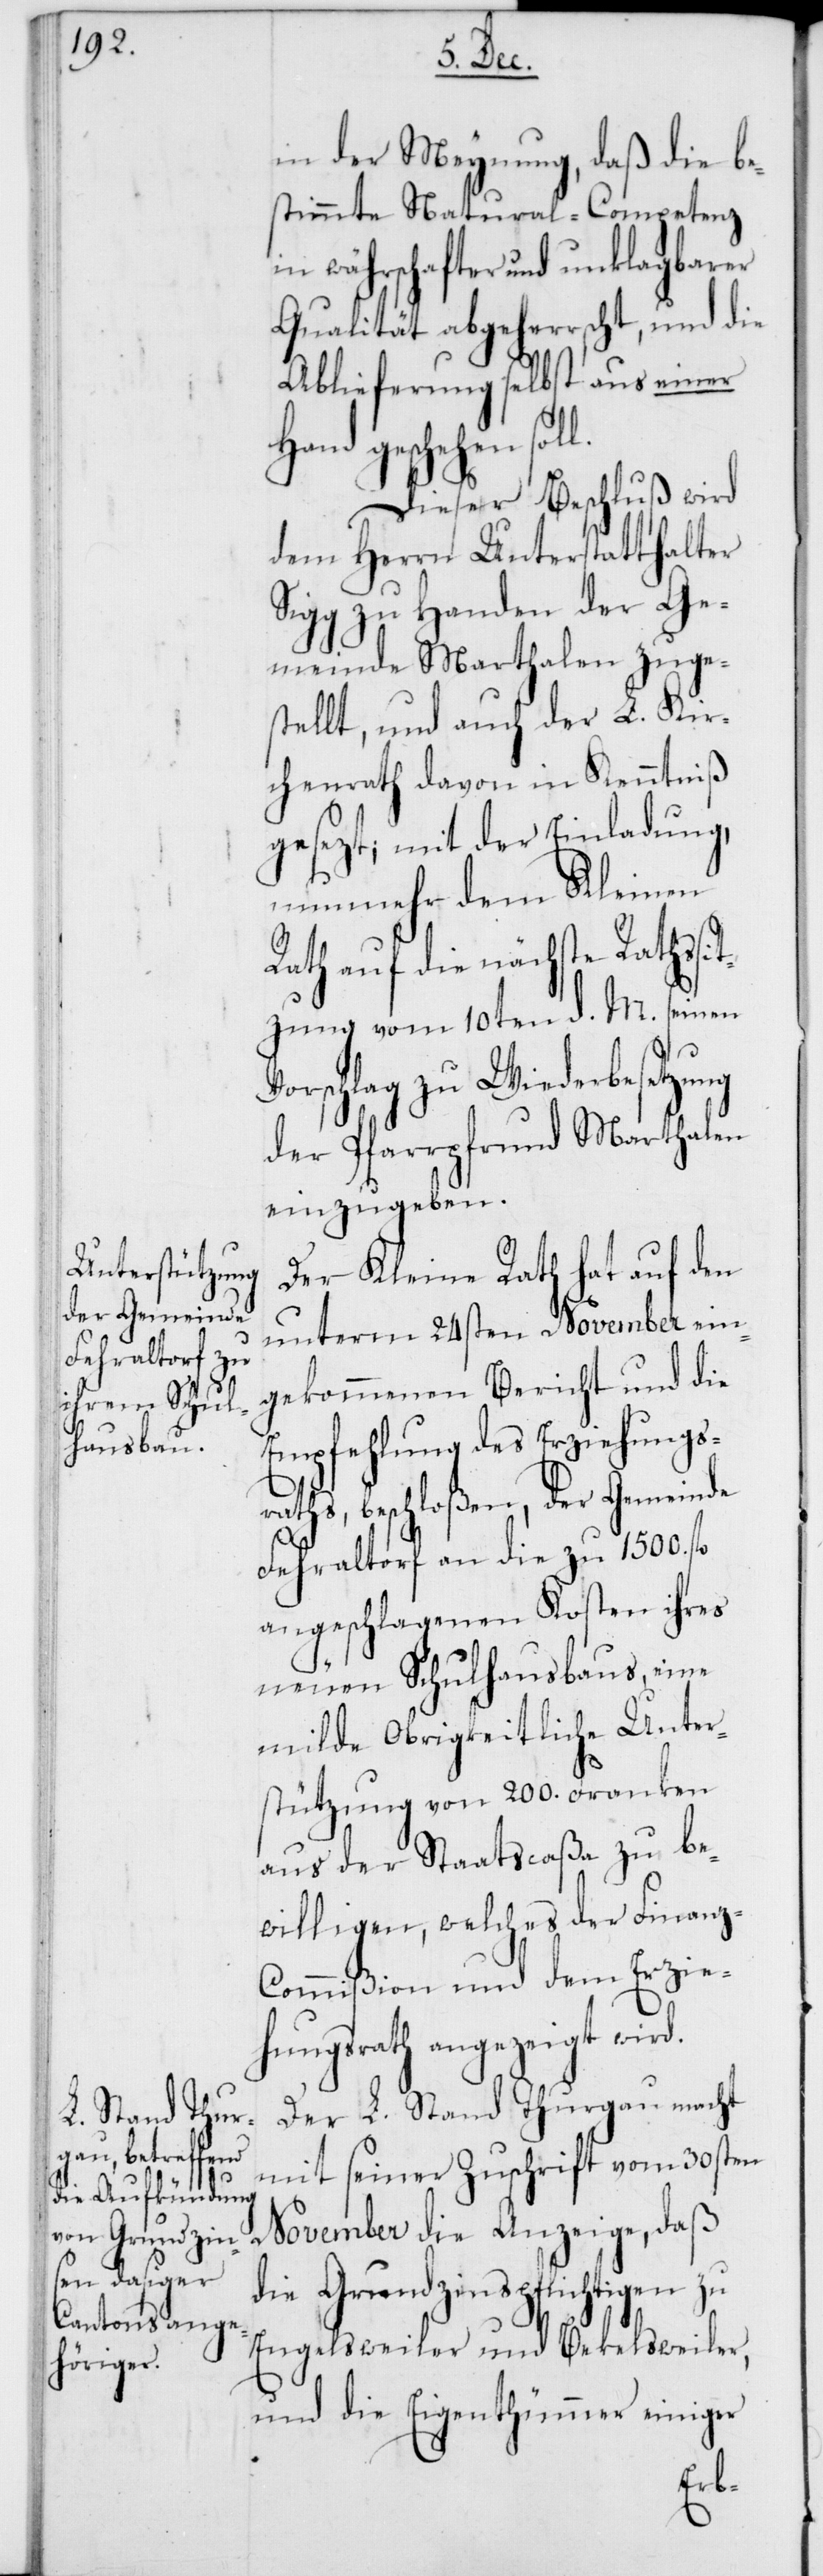
in der Meynung, daß die be¬
stimmte Natural-Competenz
in währschafter und unklagbarer
Qualität abgeherrscht, und die
Ablieferung selbst aus einer
Hand geschehen so¬
Dieser Beschluß wird
dem Herrn Unterstatthalter
Sigg zu Handen der Ge¬
meinde Marthalen zuges¬
tellt, und auch der L. Kir¬
chenrath davon in Kenntniß
gesezt; mit der Einladung,
nunmehr dem Kleinen
auf die nächste Ratssi¬
tzung vom 10ten d. M. seinen
Vorschlag zu Wiederbesetzung
der Pfarrpfrund Marthalen
einzugeben.
Der Kleine Rath hat auf den
unterm 24sten November ein¬
gekommenen Bericht und die
Empfehlung des Erziehungs¬
raths, beschloßen, der Gemeinde
Fehraltorf an die zu 1500. fl.
angeschlagenen Kosten ihres
neuen Schulhausbaus, eine
milde Obrigkeitliche Unter¬
stützung von 200. Franken
aus der Staatscaßa zu be¬
willigen, welches der Finan¬
z-Commißion und dem Erzie¬
hungsrath angezeigt wird.
Der L. Stand Thurgau macht
mit seiner Zuschrift vom 30sten
November die Anzeige, daß
die Grundzinspflichtigen zu
Engelsweiler und Beckelsweiler,
und die Eigenthümmer einiger
ll.